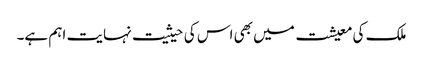
ملک کی معیشت میں بھی اس کی حیثیت نہایت اہم ہے۔